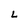
Character: L